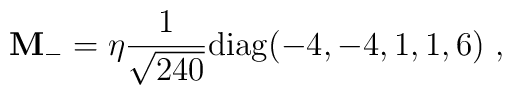
{\bf M}_- = \eta {1\over {\sqrt{240}}} {\rm diag}(-4,-4,1,1,6) \ ,